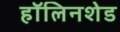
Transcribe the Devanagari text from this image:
हॉलिनशेड